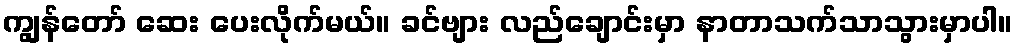
ကျွန်တော် ဆေး ပေးလိုက်မယ်။ ခင်ဗျား လည်ချောင်းမှာ နာတာသက်သာသွားမှာပါ။